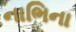
નાભિના